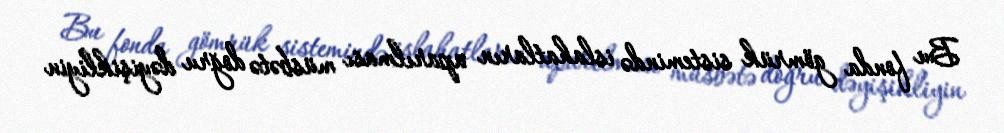
Bu fonda gömrük sistemində islahatların aparılması müsbətə doğru dəyişikliyin